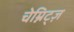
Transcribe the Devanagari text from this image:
चेम्निट्ज़